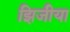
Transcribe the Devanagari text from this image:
झिजीया